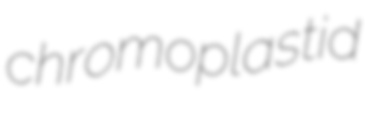
chromoplastid